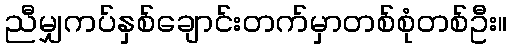
ညီမျှကပ်နှစ်ချောင်းတက်မှာတစ်စုံတစ်ဦး။